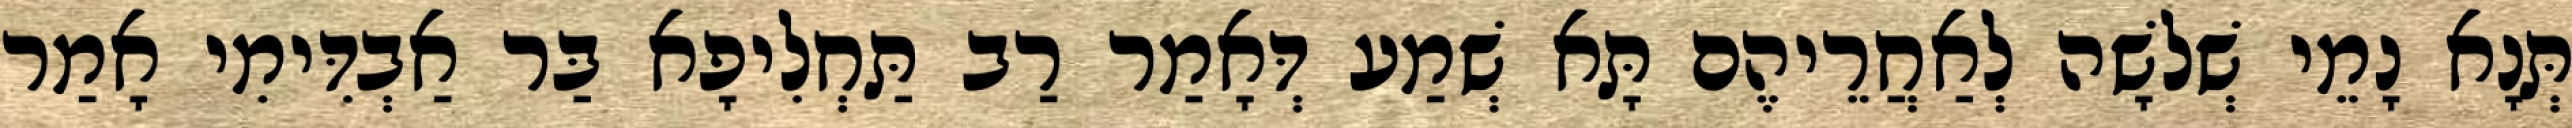
תְּנָא נָמֵי שְׁלֹשָׁה לְאַחֲרֵיהֶם תָּא שְׁמַע דְּאָמַר רַב תַּחְלִיפָא בַּר אַבְדִּימִי אָמַר